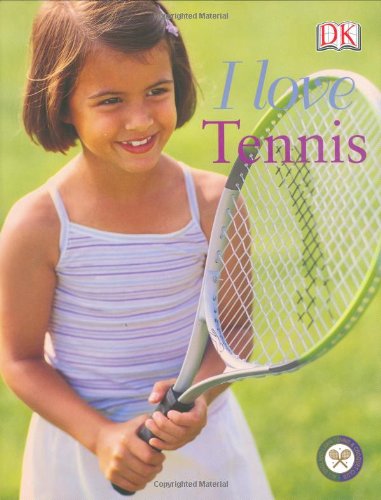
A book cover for I Love Tennis; Naia Bray-Moffatt; Children's Books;